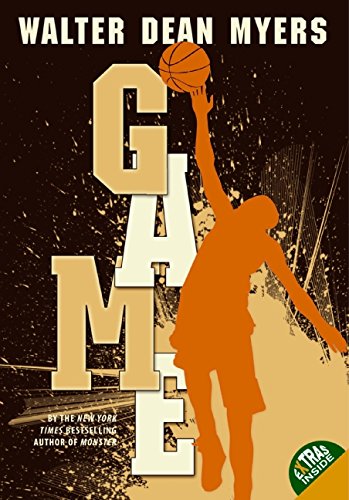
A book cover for Game; Walter Dean Myers; Teen & Young Adult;